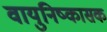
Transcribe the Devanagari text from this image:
वायुनिष्कासक